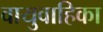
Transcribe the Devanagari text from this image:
वायुवाहिका